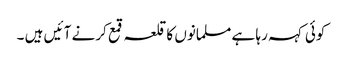
کوئی کہہ رہا ہے مسلمانوں کا قلعہ قمع کرنے آ ئیں ہیں ۔